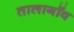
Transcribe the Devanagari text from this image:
तालागॉव